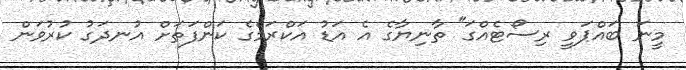
މީނަ ބައްޕަވީ ރިސޯޓެއްގަ" ތާނިޔާގެ އެ އަޑު އަކްރަމްގެ ކަންފަތަށް އުނދަގު ކުރުވަން